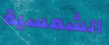
الشمسية